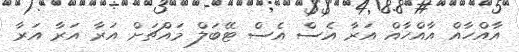
އާއްހާއް އާއްހާއް އަރާ އެސް އެސް ޓޭބަލް މައްޗަށް އަރާ އަރާ އަރާ